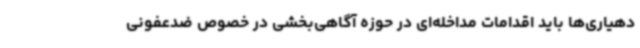
دهیاری‌ها باید اقدامات مداخله‌ای در حوزه آگاهی‌بخشی در خصوص ضدعفونی